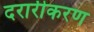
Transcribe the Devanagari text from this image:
दरारीकरण